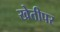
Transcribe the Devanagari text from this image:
खेतीपर